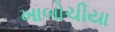
ખાબોચીયા